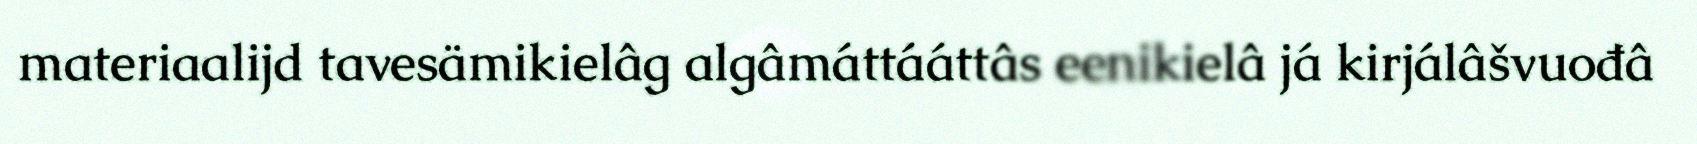
materiaalijd tavesämikielâg algâmáttááttâs eenikielâ já kirjálâšvuođâ